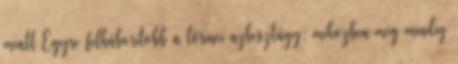
miatt Egyre felháborítóbb a lőrinci azbesztügy: miközben még mindig